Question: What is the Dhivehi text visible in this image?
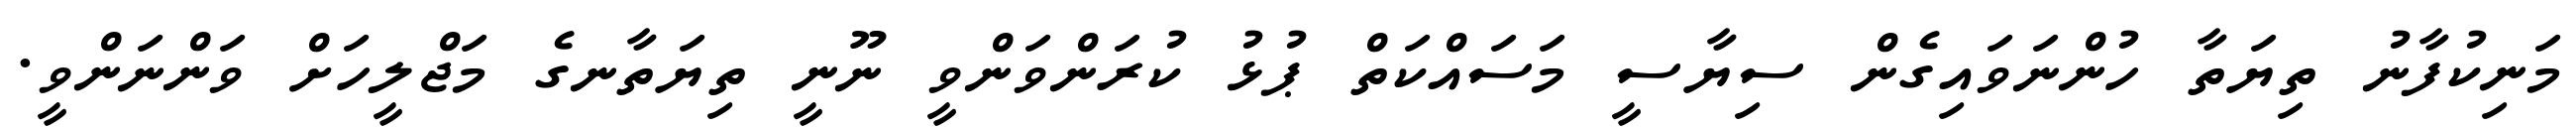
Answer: މަނިކުފާނު ތިޔަތާ ހުންނަވައިގެން ސިޔާސީ މަސައްކަތް ޕުޅު ކުރަންވަންވީ ނޫނީ ތިޔަތާނގެ މަޖްލީހަށް ވަންނަންވީ.